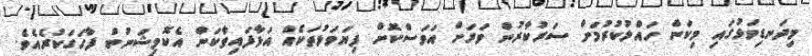
މިދަނޑިވަޅުގައި މިކަން ހައްލުކުރުމަށް ސަރުކާރުން ވަރަށް އަވަސްކޮށް ފިޔަވަޅުތަކެއް އަޅާފައިވާކަން އެކޮމިޝަނުން ފާހަގަކުރެއެވެ.